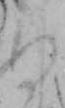
ぬ